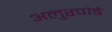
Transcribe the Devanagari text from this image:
अलुरपांडे